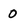
Character: O